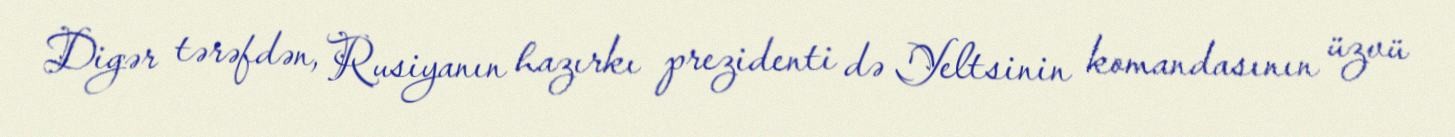
Digər tərəfdən, Rusiyanın hazırkı prezidenti də Yeltsinin komandasının üzvü